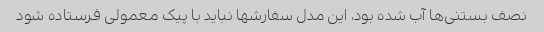
نصف بستنی‌ها آب شده بود، این مدل سفارشها نباید با پیک معمولی فرستاده شود